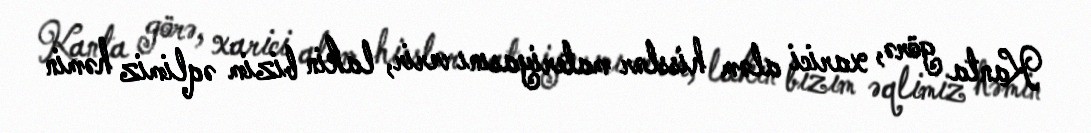
Kanta görə, xarici aləm hisslər materiyasını verir, lakin bizim əqlimiz həmin